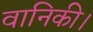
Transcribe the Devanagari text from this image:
वानिकी।